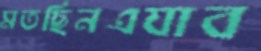
মতছিনএযাব